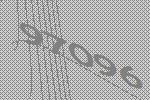
97096